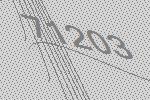
71203